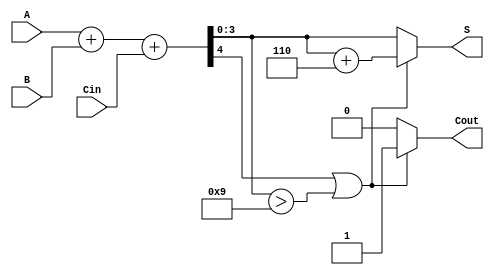
module BCD_Carry_Lookahead_Adder (
    input  [3:0] A,      // 4-bit BCD digit A
    input  [3:0] B,      // 4-bit BCD digit B
    input        Cin,     // Carry-in
    output reg [3:0] S,   // 4-bit BCD result
    output reg Cout       // Carry-out
);

// Internal wires for propagate and generate signals
wire [3:0] P;           // Propagate signals
wire [3:0] G;           // Generate signals
wire [4:0] S_raw;       // Raw sum
wire C1, C2, C3;        // Intermediate carries

// Generate propagate and generate signals
assign P = A ^ B;       // P = A  B
assign G = A & B;       // G = A  B

// Calculate carry signals using lookahead logic
assign C1 = G[0] | (P[0] & Cin);
assign C2 = G[1] | (P[1] & G[0]) | (P[1] & P[0] & Cin);
assign C3 = G[2] | (P[2] & G[1]) | (P[2] & P[1] & P[0] & Cin);

// Compute the initial sum
assign S_raw = A + B + Cin;

// Correction logic
always @(*) begin
    if (S_raw[4] == 1 || S_raw[3:0] > 4'd9) begin
        // If sum exceeds 9, add correction
        S = S_raw[3:0] + 4'd6;
        Cout = 1; // Set carry-out
    end else begin
        S = S_raw[3:0];
        Cout = 0; // No carry-out
    end
end

endmodule